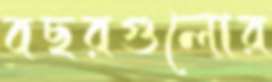
বছরগুলোর